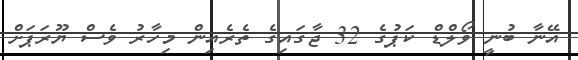
އޭނާ ބުނީ ވޯލްޑް ކަޕުގެ 32 ޖާގައިގެ ތެރެއިން މިހާރު ވެސް ޔޫރަޕަށް